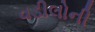
વડીલોની